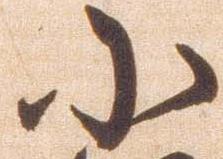
小